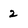
Character: 2